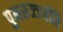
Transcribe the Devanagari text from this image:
पुनरुज्जवीति